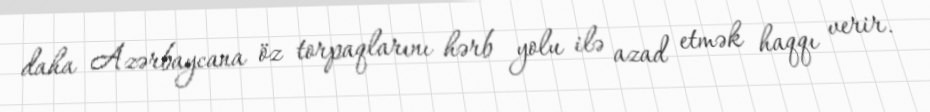
daha Azərbaycana öz torpaqlarını hərb yolu ilə azad etmək haqqı verir.